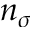
n _ { \sigma }